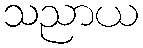
သညာယ